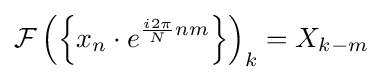
{\mathcal {F}}\left(\left\{x_{n}\cdot e^{{\frac {i2\pi }{N}}nm}\right\}\right)_{k}=X_{k-m}